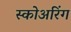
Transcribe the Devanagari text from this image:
स्कोअरिंग